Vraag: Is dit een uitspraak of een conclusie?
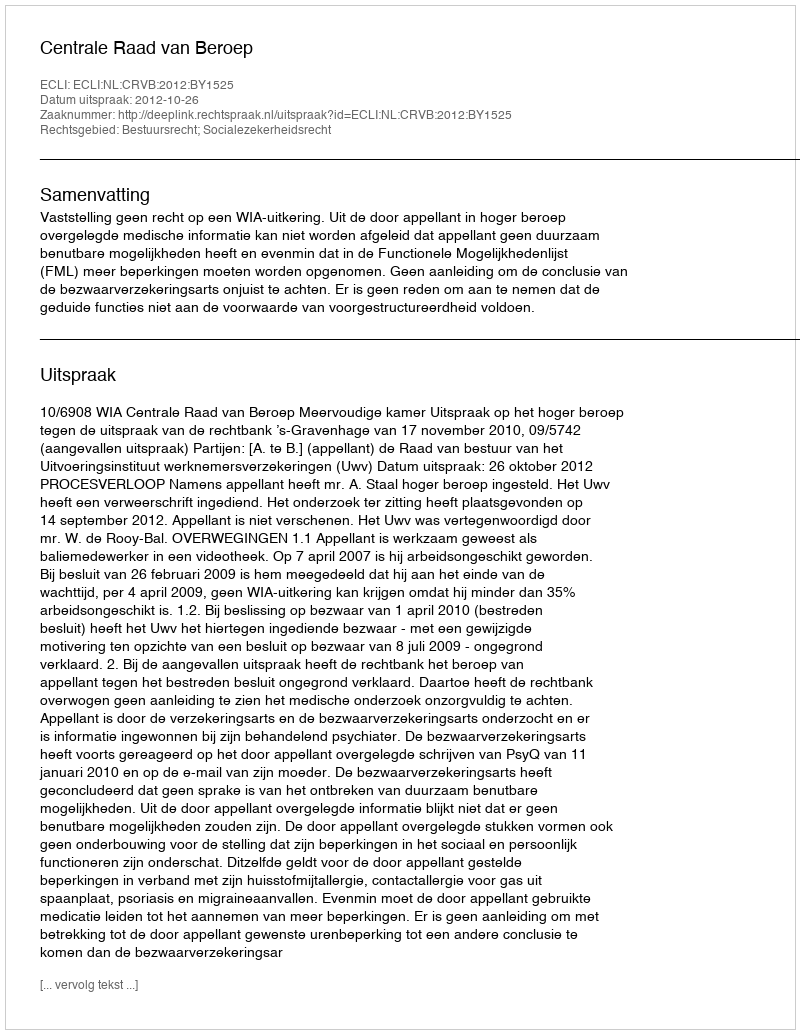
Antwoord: Uitspraak